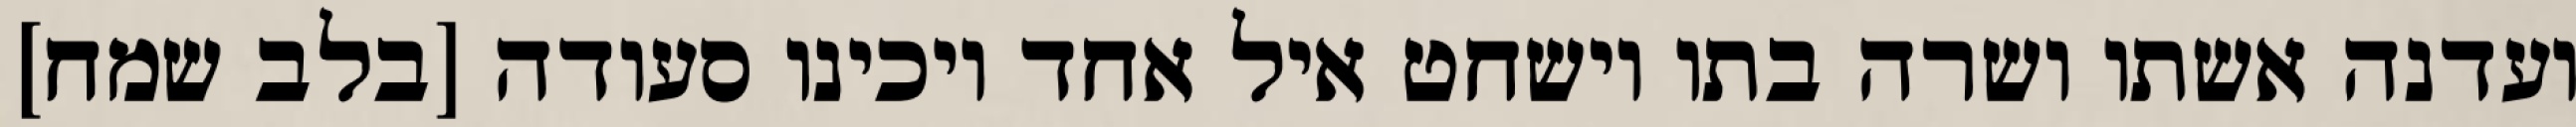
ועדנה אשתו ושרה בתו וישחט איל אחד ויכינו סעודה [בלב שמח]